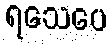
ရသေပေ